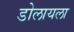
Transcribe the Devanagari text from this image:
डोलायला